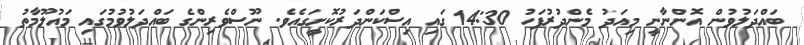
ބައްދަލުވުން އޮންނާނީ މިއަދު މެންދުރުފަހު 14:30 ގައި އިސްކަންދަރުކޮށީގައެވެ. ނޫސްވެރިންގެ ބައްދަލުވުމުގައި މައުލޫމާތު